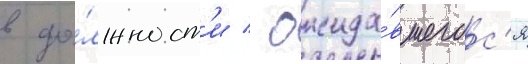
в до́лжност'и / ожида́вшегос'я